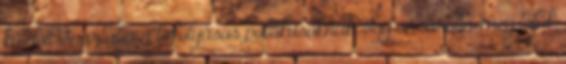
küldött Spártába a befolyásos politikusoknak. Így vásárolta meg tőlük